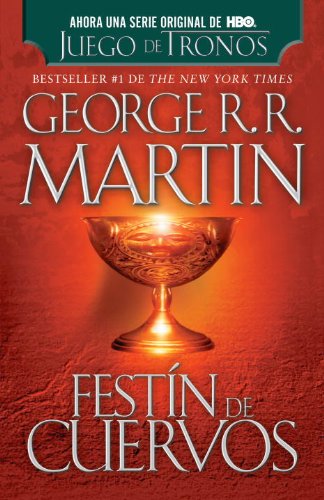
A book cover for FestÃ­n de cuervos (Spanish Edition); George R. R. Martin; Science Fiction & Fantasy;